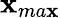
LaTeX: \mathbf{x}_{ma\mathbf{x}}